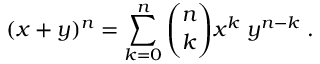
( x + y ) ^ { n } = \sum _ { k = 0 } ^ { n } \binom { n } { k } x ^ { k } \; y ^ { n - k } \; .